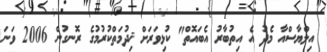
އިލްޔާސްއާ މެދު އެ އިތުބާރު އެބައޮތް" ކުޅިވަރަށް ޚިދުމަތްކުރުމުގެ ރޮނގުން 2006 ވަނަ